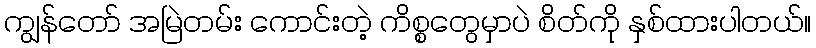
ကျွန်တော် အမြဲတမ်း ကောင်းတဲ့ ကိစ္စတွေမှာပဲ စိတ်ကို နှစ်ထားပါတယ်။